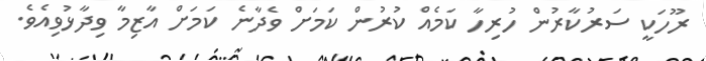
ރޫހަކީ ސަރުކާރުން ހުރިހާ ކަމެއް ކުރުން ކަމަށް ވެދާނެ ކަމަށް އާޒިމާ ވިދާޅުވިއެވެ.